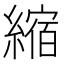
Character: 縮